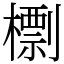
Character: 檦